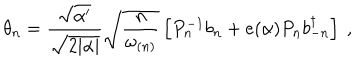
\theta _ { n } = \frac { \sqrt { \alpha ^ { \prime } } } { \sqrt { 2 | \alpha | } } \sqrt { \frac { n } { \omega _ { ( n ) } } } \left[ P _ { n } ^ { - 1 } b _ { n } + e ( \alpha ) P _ { n } b _ { - n } ^ { \dagger } \right] ~ ,